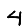
Digit: 4